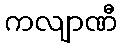
ကလျာဏီ